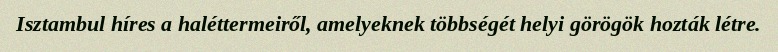
Isztambul híres a haléttermeiről, amelyeknek többségét helyi görögök hozták létre.